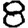
Digit: 8